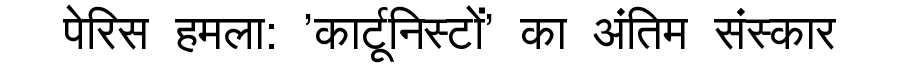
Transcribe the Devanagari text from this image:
पेरिस हमला: 'कार्टूनिस्टों' का अंतिम संस्कार